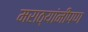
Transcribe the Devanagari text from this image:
मराठ्यांनीपण